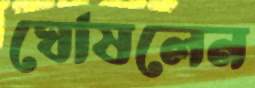
ঘোষলেন